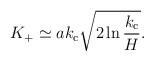
LaTeX: \begin{align*}K_+\simeq ak_{\rm c}\sqrt{2\ln\frac{k_{\rm c}}{H}}.\end{align*}